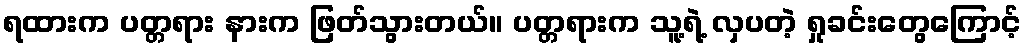
ရထားက ပတ္တရား နားက ဖြတ်သွားတယ်။ ပတ္တရားက သူ့ရဲ့ လှပတဲ့ ရှုခင်းတွေကြောင့်